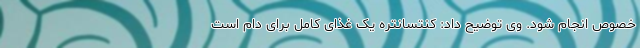
خصوص انجام شود. وی توضیح داد: کنتسانتره یک غذای کامل برای دام است